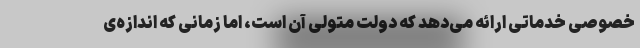
خصوصی خدماتی ارائه می‌دهد که دولت متولی آن است، اما زمانی که اندازه‌ی